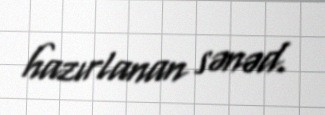
hazırlanan sənəd.